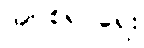
အပစ်ရပ်ရေး